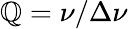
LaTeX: \mathbb{Q}=\nu/\Delta\nu